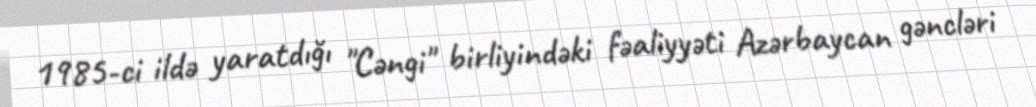
1985-ci ildə yaratdığı "Cəngi" birliyindəki fəaliyyəti Azərbaycan gəncləri